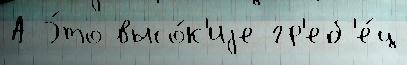
А Э́то высо́к'иjе гр'еб'е́ц